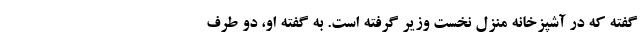
گفته که در آشپزخانه منزل نخست وزیر گرفته است. به گفته او، دو طرف